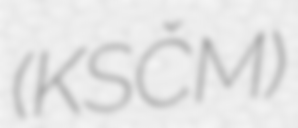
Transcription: (KSČM)